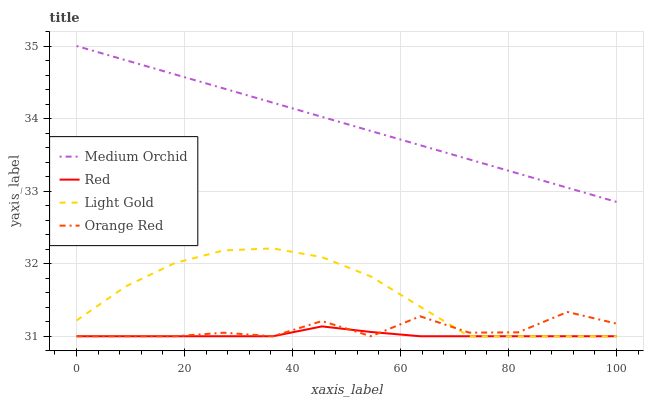
| xaxis_label | Medium Orchid | Red | Light Gold | Orange Red |
 | --- | --- | --- | --- | --- |
 | 0 | 35 | 31 | 31.2 | 31 |
 | 9.09 | 34.8 | 31 | 31.7 | 31 |
 | 18.2 | 34.6 | 31 | 32 | 31 |
 | 27.3 | 34.4 | 31 | 32.2 | 31 |
 | 36.4 | 34.2 | 31 | 32.2 | 31 |
 | 45.5 | 34 | 31.1 | 32.1 | 31.2 |
 | 54.5 | 33.8 | 31.1 | 31.8 | 31 |
 | 63.6 | 33.6 | 31 | 31.4 | 31.3 |
 | 72.7 | 33.4 | 31 | 31 | 31 |
 | 81.8 | 33.2 | 31 | 31 | 31.1 |
 | 90.9 | 33 | 31 | 31 | 31.3 |
 | 100 | 32.9 | 31 | 31 | 31.2 |